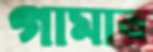
গামার